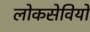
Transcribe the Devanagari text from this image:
लोकसेवियों